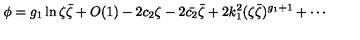
\phi = g _ { 1 } \ln \zeta \bar { \zeta } + O ( 1 ) - 2 c _ { 2 } \zeta - 2 \bar { c _ { 2 } } \bar { \zeta } + 2 k _ { 1 } ^ { 2 } ( \zeta \bar { \zeta } ) ^ { g _ { 1 } + 1 } + \cdots